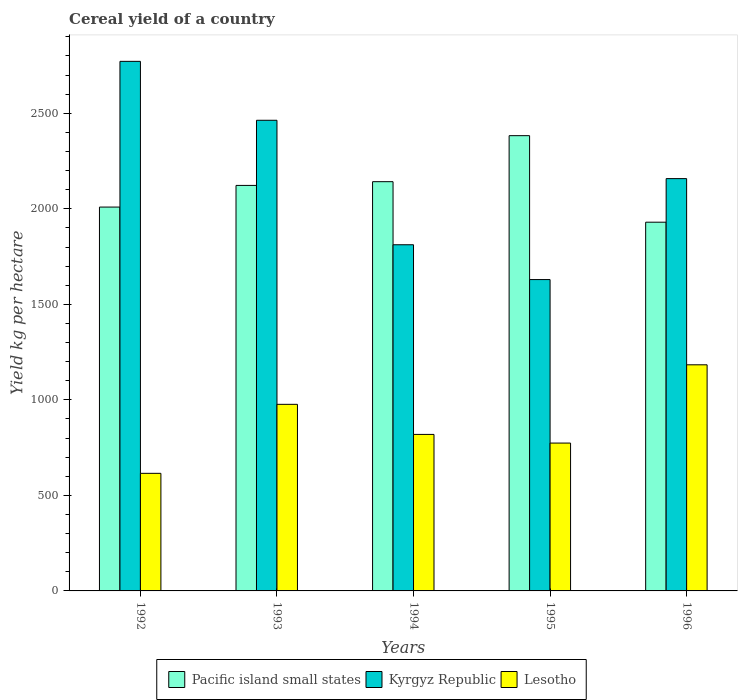
| Years | Pacific island small states | Kyrgyz Republic | Lesotho |
 | --- | --- | --- | --- |
 | 1992 | 2.01e+03 | 2.77e+03 | 615 |
 | 1993 | 2.12e+03 | 2.46e+03 | 977 |
 | 1994 | 2.14e+03 | 1.81e+03 | 819 |
 | 1995 | 2.38e+03 | 1.63e+03 | 774 |
 | 1996 | 1.93e+03 | 2.16e+03 | 1.18e+03 |